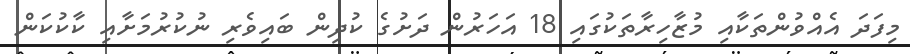
މިފަދަ އެއްވުންތަކާއި މުޒާހިރާތަކުގައި 18 އަހަރުން ދަށުގެ ކުދިން ބައިވެރި ނުކުރުމަށާއި ކާކުކަން